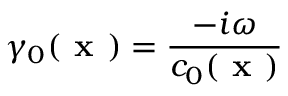
\gamma _ { 0 } ( \textbf { x } ) = \frac { - i \omega } { c _ { 0 } ( \textbf { x } ) }